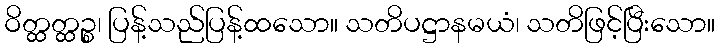
ဝိတ္ထတ္ထဉ္စ၊ ပြန့်သည်ပြန့်ထသော။ သတိပဋ္ဌာနမယံ၊ သတိဖြင့်ပြီးသော။